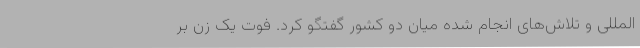
‌المللی و تلاش‌های انجام شده میان دو کشور گفتگو کرد. فوت یک زن بر